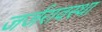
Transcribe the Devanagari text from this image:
जर्जरावस्था